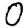
Digit: 0